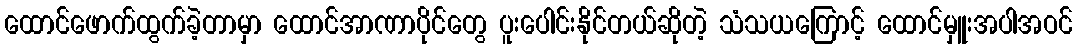
ထောင်ဖောက်ထွက်ခဲ့တာမှာ ထောင်အာဏာပိုင်တွေ ပူးပေါင်းနိုင်တယ်ဆိုတဲ့ သံသယကြောင့် ထောင်မှူးအပါအဝင်